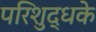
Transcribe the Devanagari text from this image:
परिशुद्धके